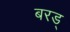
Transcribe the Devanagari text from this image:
बरड्